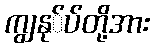
ကျွနု်ပ်တို့အား